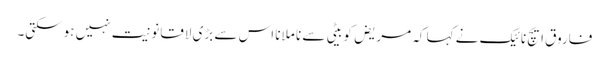
فاروق ایچ نائیک نے کہا کہ مریض کو بیٹی سے نا ملانا اس سے بڑی لاقانونیت نہیں ہوسکتی۔